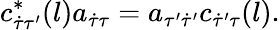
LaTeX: c_{\dot{\tau}\tau^{\prime}}^{*}(l)a_{\dot{\tau}\tau}=a_{\tau^{\prime}\dot{\tau}^{\prime}}c_{\dot{\tau}^{\prime}\tau}(l).